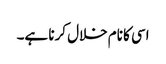
اسی کا نام خلال کرنا ہے۔